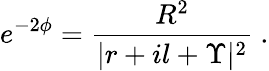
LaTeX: e^{-2\phi}=\frac{R^{2}}{|r+il+\Upsilon|^{2}}\ .